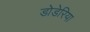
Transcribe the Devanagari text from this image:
डोडेरिया